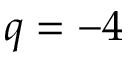
q = - 4